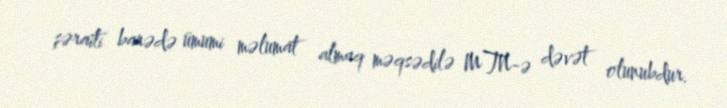
şəraiti barədə ümumi məlumat almaq məqsədilə MTN-ə dəvət olunubdur.